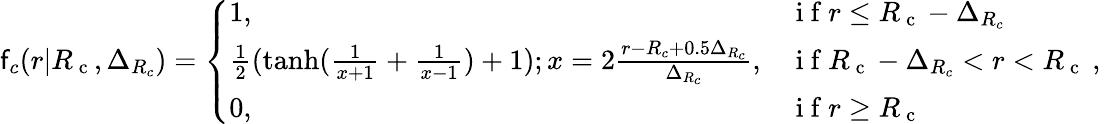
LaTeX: \mathsf{f}_{c}(r|{R_{\mathrm{{~c~}}}},\Delta_{R_{c}})=\left\{ \begin{array}{ll}{1,}&{\mathrm{~i~f~}r\leq{R_{\mathrm{~c~}}}-\Delta_{R_{c}}}\\ {\frac{1}{2}(\operatorname{tanh}(\frac{1}{x+1}+\frac{1}{x-1})+1);x=2\frac{r-R_{c}+0.5\Delta_{R_{c}}}{\Delta_{R_{c}}},}&{\mathrm{~i~f~}{R_{\mathrm{~c~}}}-\Delta_{R_{c}}<r<{R_{\mathrm{~c~}}}}\\ {0,}&{\mathrm{~i~f~}r\geq{R_{\mathrm{~c~}}}}\end{array}\right.\mathrm{{~,~}}